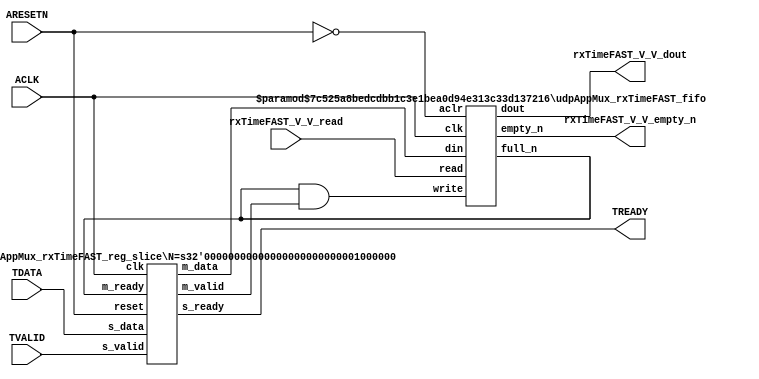
// This program was cloned from: https://github.com/mustafabbas/ECE1373_2016_hft_on_fpga
// License: MIT License

// ==============================================================
// File generated by Vivado(TM) HLS - High-Level Synthesis from C, C++ and SystemC
// Version: 2016.3
// Copyright (C) 1986-2016 Xilinx, Inc. All Rights Reserved.
// 
// ==============================================================


`timescale 1ns/1ps

module udpAppMux_rxTimeFAST_if (
    // AXI4-Stream singals
    input  wire        ACLK,
    input  wire        ARESETN,
    input  wire        TVALID,
    output wire        TREADY,
    input  wire [63:0] TDATA,
    // User signals
    output wire [63:0] rxTimeFAST_V_V_dout,
    output wire        rxTimeFAST_V_V_empty_n,
    input  wire        rxTimeFAST_V_V_read
);
//------------------------Local signal-------------------
// FIFO
wire [0:0]  fifo_write;
wire [0:0]  fifo_full_n;
wire [63:0] rxTimeFAST_V_V_din;
wire [0:0]  rxTimeFAST_V_V_full_n;
// register slice
wire [0:0]  s_valid;
wire [0:0]  s_ready;
wire [63:0] s_data;
wire [0:0]  m_valid;
wire [0:0]  m_ready;
wire [63:0] m_data;

//------------------------Instantiation------------------
// rs
udpAppMux_rxTimeFAST_reg_slice #(
    .N       ( 64 )
) rs (
    .clk     ( ACLK ),
    .reset   ( ARESETN ),
    .s_data  ( s_data ),
    .s_valid ( s_valid ),
    .s_ready ( s_ready ),
    .m_data  ( m_data ),
    .m_valid ( m_valid ),
    .m_ready ( m_ready )
);

// rxTimeFAST_V_V_fifo
udpAppMux_rxTimeFAST_fifo #(
    .DATA_BITS  ( 64 ),
    .DEPTH_BITS ( 4 )
) rxTimeFAST_V_V_fifo (
    .clk        ( ACLK ),
    .aclr       ( ~ARESETN ),
    .empty_n    ( rxTimeFAST_V_V_empty_n ),
    .full_n     ( rxTimeFAST_V_V_full_n ),
    .read       ( rxTimeFAST_V_V_read ),
    .write      ( fifo_write ),
    .dout       ( rxTimeFAST_V_V_dout ),
    .din        ( rxTimeFAST_V_V_din )
);

//------------------------Body---------------------------
//++++++++++++++++++++++++AXI4-Stream++++++++++++++++++++
assign TREADY = s_ready;

//+++++++++++++++++++++++++++++++++++++++++++++++++++++++

//++++++++++++++++++++++++Reigister Slice++++++++++++++++
assign s_valid = TVALID;
assign m_ready = fifo_full_n;
assign s_data  = {TDATA[63:0]};

//+++++++++++++++++++++++++++++++++++++++++++++++++++++++

//++++++++++++++++++++++++FIFO+++++++++++++++++++++++++++
assign fifo_write         = fifo_full_n & m_valid;
assign rxTimeFAST_V_V_din = m_data[63:0];
assign fifo_full_n        = rxTimeFAST_V_V_full_n;

//+++++++++++++++++++++++++++++++++++++++++++++++++++++++

endmodule



`timescale 1ns/1ps

module udpAppMux_rxTimeFAST_fifo
#(parameter
    DATA_BITS  = 8,
    DEPTH_BITS = 4
)(
    input  wire                 clk,
    input  wire                 aclr,
    output wire                 empty_n,
    output wire                 full_n,
    input  wire                 read,
    input  wire                 write,
    output wire [DATA_BITS-1:0] dout,
    input  wire [DATA_BITS-1:0] din
);
//------------------------Parameter----------------------
localparam
    DEPTH = 1 << DEPTH_BITS;
//------------------------Local signal-------------------
reg                   empty;
reg                   full;
reg  [DEPTH_BITS-1:0] index;
reg  [DATA_BITS-1:0]  mem[0:DEPTH-1];
//------------------------Body---------------------------
assign empty_n = ~empty;
assign full_n  = ~full;
assign dout    = mem[index];

// empty
always @(posedge clk or posedge aclr) begin
    if (aclr)
        empty <= 1'b1;
    else if (empty & write & ~read)
        empty <= 1'b0;
    else if (~empty & ~write & read & (index==1'b0))
        empty <= 1'b1;
end

// full
always @(posedge clk or posedge aclr) begin
    if (aclr)
        full <= 1'b0;
    else if (full & read & ~write)
        full <= 1'b0;
    else if (~full & ~read & write & (index==DEPTH-2'd2))
        full <= 1'b1;
end

// index
always @(posedge clk or posedge aclr) begin
    if (aclr)
        index <= {DEPTH_BITS{1'b1}};
    else if (~empty & ~write & read)
        index <= index - 1'b1;
    else if (~full & ~read & write)
        index <= index + 1'b1;
end

// mem
always @(posedge clk) begin
    if (~full & write) mem[0] <= din;
end

genvar i;
generate
    for (i = 1; i < DEPTH; i = i + 1) begin : gen_sr
        always @(posedge clk) begin
            if (~full & write) mem[i] <= mem[i-1];
        end
    end
endgenerate

endmodule

`timescale 1ns/1ps

module udpAppMux_rxTimeFAST_reg_slice
#(parameter
    N = 8   // data width
) (
    // system signals
    input  wire         clk,
    input  wire         reset,
    // slave side
    input  wire [N-1:0] s_data,
    input  wire         s_valid,
    output wire         s_ready,
    // master side
    output wire [N-1:0] m_data,
    output wire         m_valid,
    input  wire         m_ready
);
//------------------------Parameter----------------------
// state
localparam [1:0]
    ZERO = 2'b10,
    ONE  = 2'b11,
    TWO  = 2'b01;
//------------------------Local signal-------------------
reg  [N-1:0] data_p1;
reg  [N-1:0] data_p2;
wire         load_p1;
wire         load_p2;
wire         load_p1_from_p2;
reg          s_ready_t;
reg  [1:0]   state;
reg  [1:0]   next;
//------------------------Body---------------------------
assign s_ready = s_ready_t;
assign m_data  = data_p1;
assign m_valid = state[0];

assign load_p1 = (state == ZERO && s_valid) ||
                 (state == ONE && s_valid && m_ready) ||
                 (state == TWO && m_ready);
assign load_p2 = s_valid & s_ready;
assign load_p1_from_p2 = (state == TWO);

// data_p1
always @(posedge clk) begin
    if (load_p1) begin
        if (load_p1_from_p2)
            data_p1 <= data_p2;
        else
            data_p1 <= s_data;
    end
end

// data_p2
always @(posedge clk) begin
    if (load_p2) data_p2 <= s_data;
end

// s_ready_t
always @(posedge clk) begin
    if (~reset)
        s_ready_t <= 1'b0;
    else if (state == ZERO)
        s_ready_t <= 1'b1;
    else if (state == ONE && next == TWO)
        s_ready_t <= 1'b0;
    else if (state == TWO && next == ONE)
        s_ready_t <= 1'b1;
end

// state
always @(posedge clk) begin
    if (~reset)
        state <= ZERO;
    else
        state <= next;
end

// next
always @(*) begin
    case (state)
        ZERO:
            if (s_valid & s_ready)
                next = ONE;
            else
                next = ZERO;
        ONE:
            if (~s_valid & m_ready)
                next = ZERO;
            else if (s_valid & ~m_ready)
                next = TWO;
            else
                next = ONE;
        TWO:
            if (m_ready)
                next = ONE;
            else
                next = TWO;
        default:
            next = ZERO;
    endcase
end

endmodule